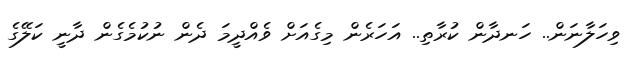
ވިހަލާނަން.. ހަނދާން ކުރާތި.. އަހަރެން މިގެއަށް ވެއްދީމަ ދެން ނުކުމެގެން ދާނީ ކަލޭގެ